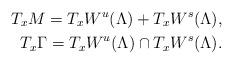
LaTeX: \begin{align*}T_xM=T_xW^u(\Lambda)+T_xW^s(\Lambda),\\T_x\Gamma =T_xW^u(\Lambda)\cap T_xW^s(\Lambda).\end{align*}